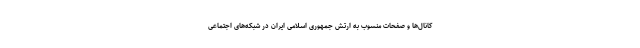
کانال‌ها و صفحات منسوب به ارتش جمهوری اسلامی ایران در شبکه‌های اجتماعی